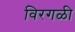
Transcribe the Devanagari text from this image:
विरगळी